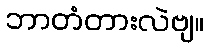
ဘာတံတားလဲဗျ။